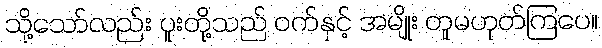
သို့သော်လည်း ပူးတို့သည် ဝက်နှင့် အမျိုး တူမဟုတ်ကြပေ။